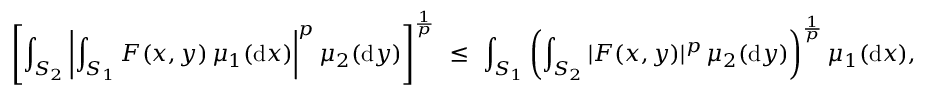
\left[ \int _ { S _ { 2 } } \left| \int _ { S _ { 1 } } F ( x , y ) \, \mu _ { 1 } ( \mathrm { d } x ) \right| ^ { p } \mu _ { 2 } ( \mathrm { d } y ) \right] ^ { \frac { 1 } { p } } ~ \leq ~ \int _ { S _ { 1 } } \left( \int _ { S _ { 2 } } | F ( x , y ) | ^ { p } \, \mu _ { 2 } ( \mathrm { d } y ) \right) ^ { \frac { 1 } { p } } \mu _ { 1 } ( \mathrm { d } x ) ,